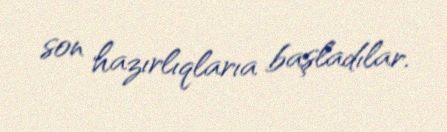
son hazırlıqlarıa başladılar.